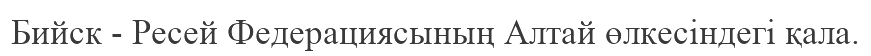
Бийск - Ресей Федерациясының Алтай өлкесіндегі қала.